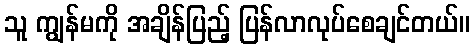
သူ ကျွန်မကို အချိန်ပြည့် ပြန်လာလုပ်စေချင်တယ်။